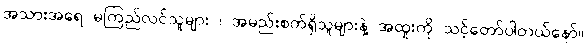
အသားအရေ မကြည်လင်သူများ ၊ အမည်းစက်ရှိသူများနဲ့ အထူးကို သင့်တော်ပါတယ်နော်။